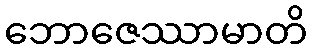
ဘောဇေဿာမာတိ